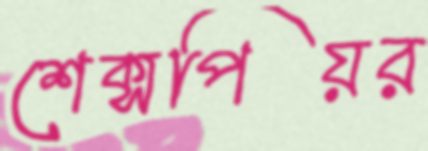
শেক্সপিয়র